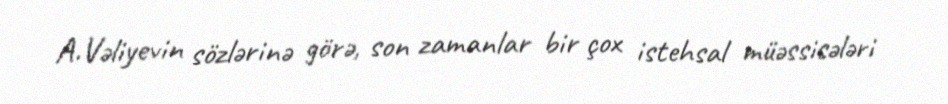
A.Vəliyevin sözlərinə görə, son zamanlar bir çox istehsal müəssisələri